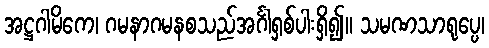
အဋ္ဌဂါမိကေ၊ ဂမနာဂမနစသည်အင်္ဂါရှစ်ပါးရှိ၍။ သမဏသာရုပ္ပေ၊